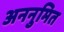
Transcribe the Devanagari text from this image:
अननुमित